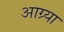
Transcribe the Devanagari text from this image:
आग्र्या